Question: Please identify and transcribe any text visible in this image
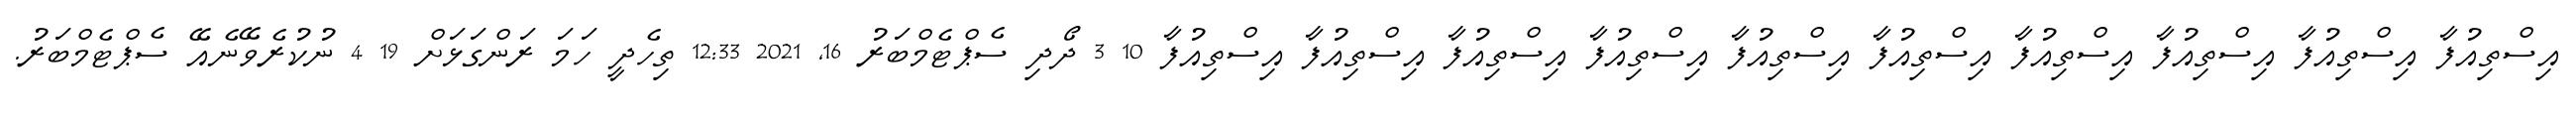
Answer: އިސްތިއުފާ އިސްތިއުފާ އިސްތިއުފާ އިސްތިއުފާ އިސްތިއުފާ އިސްތިއުފާ އިސްތިއުފާ އިސްތިއުފާ އިސްތިއުފާ އިސްތިއުފާ 10 3 ދޯދި ސެޕްޓެމްބަރު 16, 2021 12:33 ތިހެދީ ހަމަ ރަންގަޅަށް 19 4 ނުކުރެވޭނެއޭ ސެޕްޓެމްބަރު.